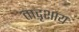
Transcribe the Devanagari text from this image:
तादृशाय